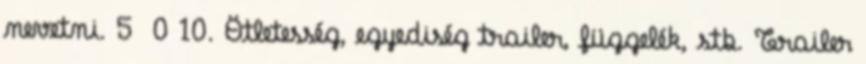
nevetni. 5 0 10. Ötletesség, egyediség trailer, függelék, stb. Trailer